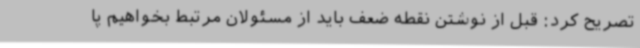
تصریح کرد: قبل از نوشتن نقطه ضعف باید از مسئولان مرتبط بخواهیم پا